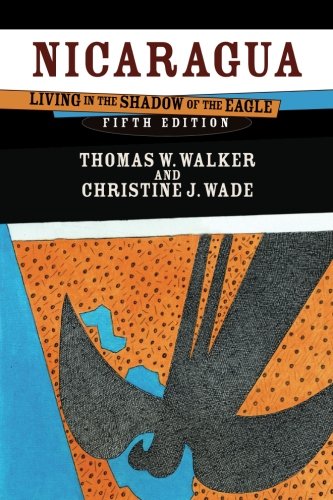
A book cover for Nicaragua: Living in the Shadow of the Eagle; Thomas W. Walker; History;